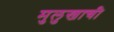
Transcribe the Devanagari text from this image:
मुलुखाची